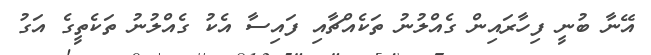
އޭނާ ބުނީ ފިހާރައިން ގެއްލުނު ތަކެއްޗާއި ފައިސާ އެކު ގެއްލުނު ތަކެތީގެ އަގު